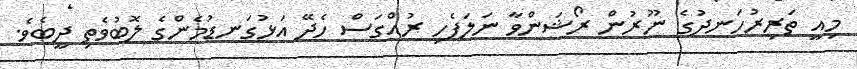
މިއީ ތަރިރުހަނދުގެ ނޫރުން ރޯޝަންވާ ނަލަފެހި ރުއްގަސް ހެދޭ އަޅުގަނޑުމެންގެ ލޮބުވެތި ދީބެވެ.